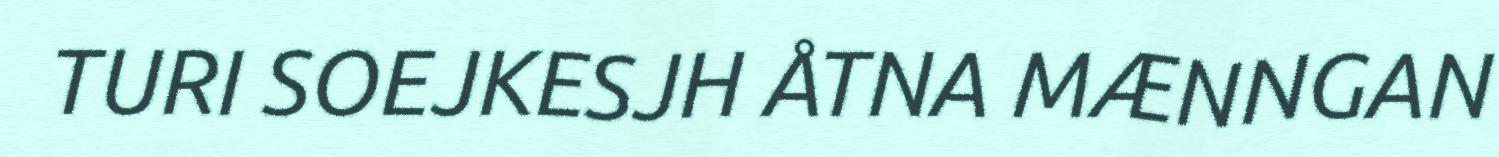
TURI SOEJKESJH ÅTNA MÆNNGAN